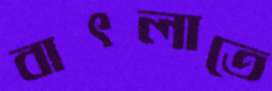
বাৎলাতে